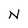
Character: N